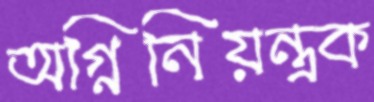
অগ্নিনিয়ন্ত্রক